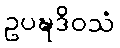
ဥပဍ္ဎဒိဝသံ